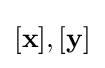
[\mathbf {x} ],[\mathbf {y} ]